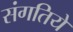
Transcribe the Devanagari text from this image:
संगतिये